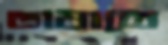
ভাষাতে